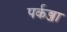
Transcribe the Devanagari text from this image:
पर्कब्जा